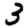
Digit: 3